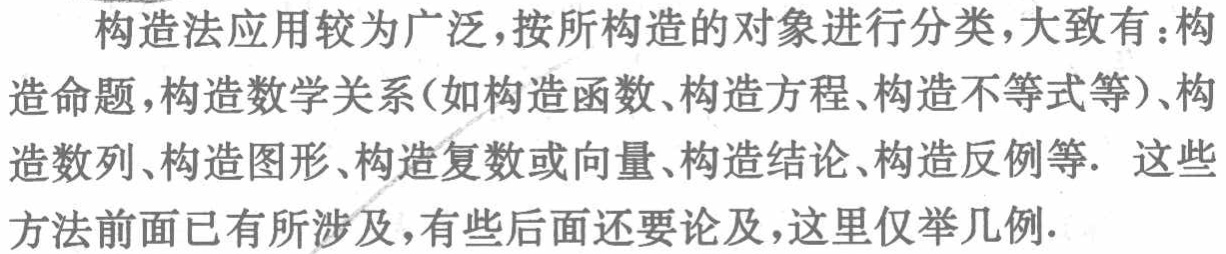
构造法应用较为广泛，按所构造的对象进行分类，大致有：构造命题，构造数学关系(如构造函数、构造方程、构造不等式等)、构造数列、构造图形、构造复数或向量、构造结论、构造反例等. 这些方法前面已有所涉及，有些后面还要论及，这里仅举几例.